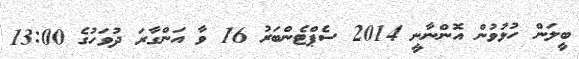
ބީލަން ހުޅުވުން އޮންނާނީ 2014 ސެޕްޓެންބަރު 16 ވާ އަންގާރަ ދުވަހުގެ 13:00